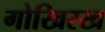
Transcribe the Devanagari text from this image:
गोखिरख